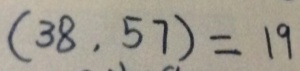
( 3 8 , 5 7 ) = 1 9